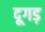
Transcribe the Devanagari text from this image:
दूगड़